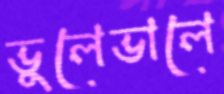
ভুলেভালে